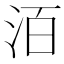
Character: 洦